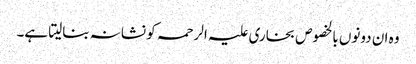
وہ ان دونوں بالخصوص بخاری علیہ الرحمہ کو نشانہ بنالیتا ہے۔